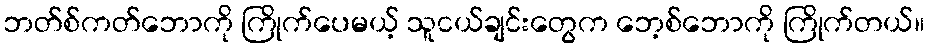
ဘတ်စ်ကတ်ဘောကို ကြိုက်ပေမယ့် သူငယ်ချင်းတွေက ဘေ့စ်ဘောကို ကြိုက်တယ်။